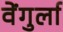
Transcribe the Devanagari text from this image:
वेेंगुर्ला